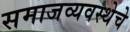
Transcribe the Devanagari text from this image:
समाजव्‍यवस्‍थेचे